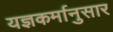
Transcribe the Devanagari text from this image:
यज्ञकर्मानुसार